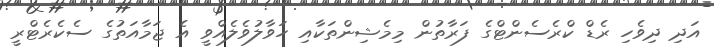
އަދި ދިވެހި ރެޑް ކްރެސެންޓްގެ ފަރާތުން މިމެޝިންތަކާއި ހަވާލުވެލެއްވީ އެ ޖަމާއަތުގެ ސެކެރެޓްރީ